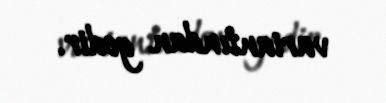
variantından gedir.